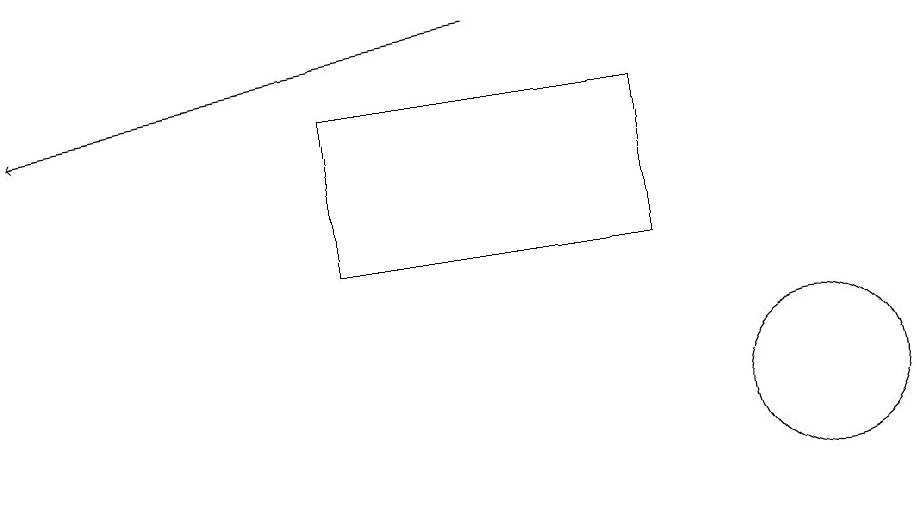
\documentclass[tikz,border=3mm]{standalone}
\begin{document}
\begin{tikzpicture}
\draw[->] (6,17) -- (0,16);
\draw (10,12) circle (1);
\draw (4,14) rectangle (8,16);
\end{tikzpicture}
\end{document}